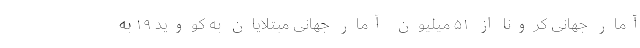
آمار جهانی کرونا از ۵۱ میلیون آمار جهانیِ مبتلایان به کووید ۱۹ به